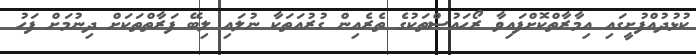
ކުޅުދުއްފުށީގައި އިމާރާތްކޮށްފައިވާ ރޯހައުސްތަކުގެ ތެރެއިން ގުރުއަތަކާ ނުލައި ލިބޭ ފަރާތްތަކަށް ދިނުމަށް ފަހު